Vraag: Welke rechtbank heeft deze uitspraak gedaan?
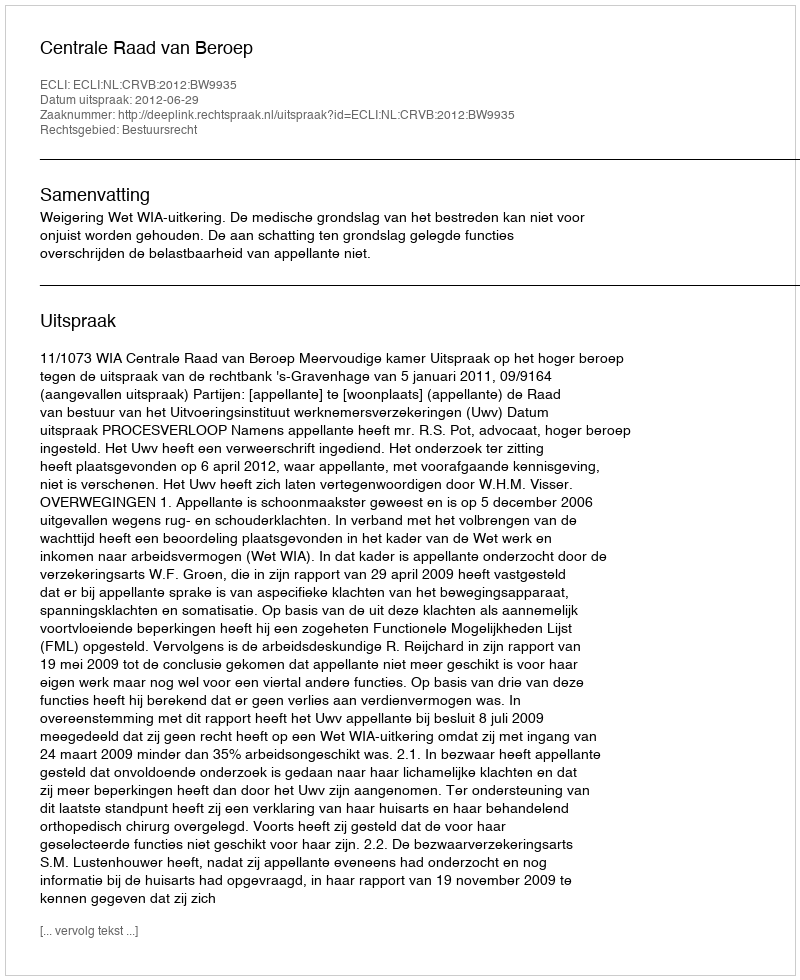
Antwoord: Centrale Raad van Beroep